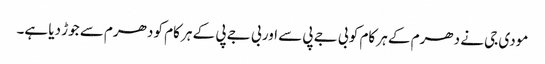
مودی جی نے دھرم کے ہر کام کو بی جے پی سے اور بی جے پی کے ہر کام کو دھرم سے جوڑ دیا ہے۔